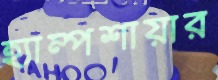
হ্যাম্পশায়ার